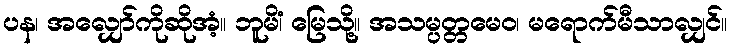
ပန၊ အလျှော်ကိုဆိုအံ့။ ဘူမိံ၊ မြေသို့။ အသမ္ပတ္တမေဝ၊ မရောက်မီသာလျှင်။